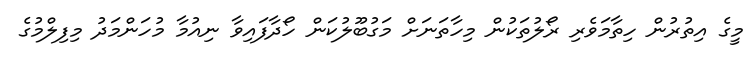
މީގެ އިތުރުން ހިތާމަވެރި ރޯލުތަކުން މިހާތަނަށް މަގުބޫލުކަން ހޯދާފައިވާ ނިއުމާ މުހަންމަދު މިފިލްމުގެ